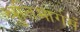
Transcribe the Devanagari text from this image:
श्रुतिमार्गसँ